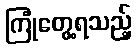
ကြုံတွေ့ရသည့်